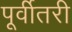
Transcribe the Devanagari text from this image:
पूर्वीतरी